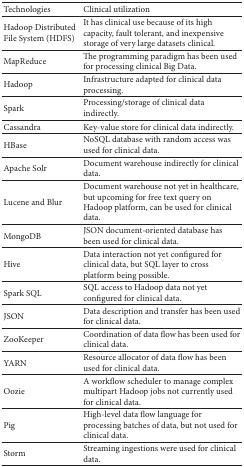
<table><thead><tr><td><b>Technologies</b></td><td><b>Clinical utilization</b></td></tr></thead><tbody><tr><td>Hadoop Distributed File System (HDFS)</td><td>It has clinical use because of its high capacity, fault tolerant, and inexpensive storage of very large datasets clinical.</td></tr><tr><td>MapReduce</td><td>The programming paradigm has been used for processing clinical Big Data.</td></tr><tr><td>Hadoop</td><td>Infrastructure adapted for clinical data processing.</td></tr><tr><td>Spark</td><td>Processing/storage of clinical data indirectly.</td></tr><tr><td>Cassandra</td><td>Key-value store for clinical data indirectly.</td></tr><tr><td>HBase</td><td>NoSQL database with random access was used for clinical data.</td></tr><tr><td>Apache Solr</td><td>Document warehouse indirectly for clinical data.</td></tr><tr><td>Lucene and Blur</td><td>Document warehouse not yet in healthcare, but upcoming for free text query on Hadoop platform, can be used for clinical data.</td></tr><tr><td>MongoDB</td><td>JSON document-oriented database has been used for clinical data.</td></tr><tr><td>Hive</td><td>Data interaction not yet configured for clinical data, but SQL layer to cross platform being possible.</td></tr><tr><td>Spark SQL</td><td>SQL access to Hadoop data not yet configured for clinical data.</td></tr><tr><td>JSON</td><td>Data description and transfer has been used for clinical data.</td></tr><tr><td>ZooKeeper</td><td>Coordination of data flow has been used for clinical data.</td></tr><tr><td>YARN</td><td>Resource allocator of data flow has been used for clinical data.</td></tr><tr><td>Oozie</td><td>A workflow scheduler to manage complex multipart Hadoop jobs not currently used for clinical data.</td></tr><tr><td>Pig</td><td>High-level data flow language for processing batches of data, but not used for clinical data.</td></tr><tr><td>Storm</td><td>Streaming ingestions were used for clinical data.</td></tr></tbody></table>